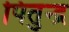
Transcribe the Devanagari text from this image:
पितुन्द्र